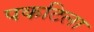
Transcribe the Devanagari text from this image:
पकटिला